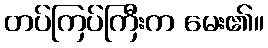
တပ်ကြပ်ကြီးက မေး၏။